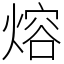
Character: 熔